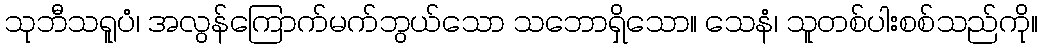
သုဘီသရူပံ၊ အလွန်ကြောက်မက်ဘွယ်သော သဘောရှိသော။ သေနံ၊ သူတစ်ပါးစစ်သည်ကို။